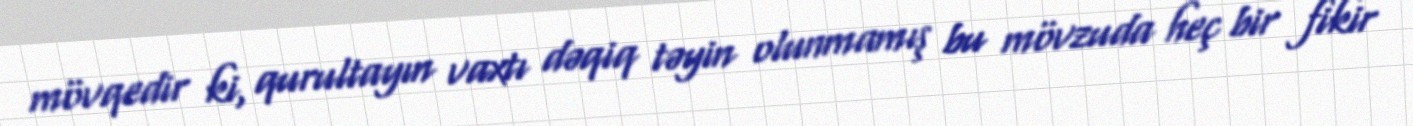
mövqedir ki, qurultayın vaxtı dəqiq təyin olunmamış bu mövzuda heç bir fikir